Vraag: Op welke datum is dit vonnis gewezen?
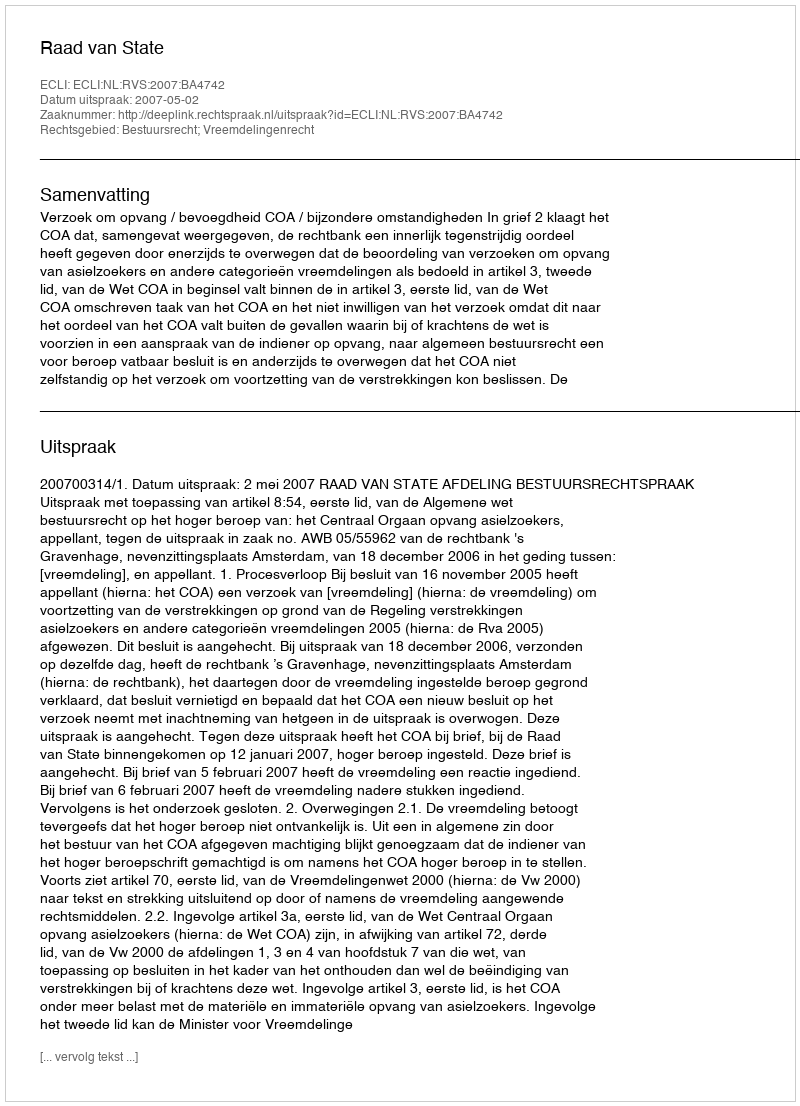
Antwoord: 2007-05-02